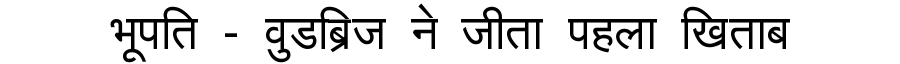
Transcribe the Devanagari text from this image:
भूपति - वुडब्रिज ने जीता पहला खिताब